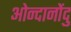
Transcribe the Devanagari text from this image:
ओन्दानोंदु